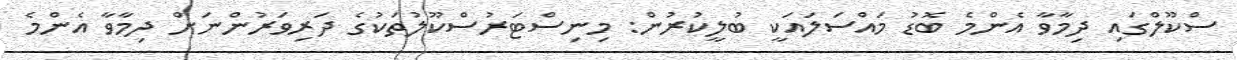
ސްކޫލްގައި ދިމާވާ އެންމެ ބޮޑު މައްސަލައަކީ ބުލީކުރުން: މިނިސްޓަރުސްކޫލުތަކުގެ ދަރިވަރުންނަށް ދިމާވާ އެންމެ